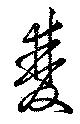
雙